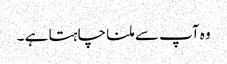
وہ آپ سے ملنا چاہتا ہے ۔